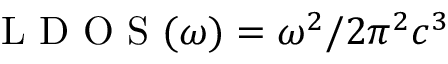
\textrm { L D O S } ( \omega ) = \omega ^ { 2 } / 2 \pi ^ { 2 } c ^ { 3 }